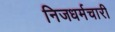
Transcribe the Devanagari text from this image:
निजधर्मचारी